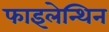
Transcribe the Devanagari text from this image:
फाइलेन्थिन